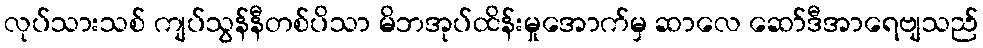
လုပ်သားသစ် ကျပ်သွန်နီတစ်ပိသာ မိဘအုပ်ထိန်းမှုအောက်မှ ဆာလေ ဆော်ဒီအာရေဗျသည်